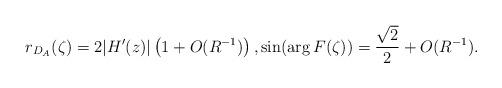
LaTeX: \begin{align*} r_{D_A}(\zeta) = 2|H'(z)|\left(1+O(R^{-1}) \right), \sin(\arg F(\zeta)) = \frac{\sqrt{2}}{2} + O(R^{-1}). \end{align*}